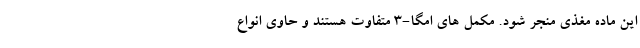
این ماده مغذی منجر شود. مکمل های امگا-3 متفاوت هستند و حاوی انواع